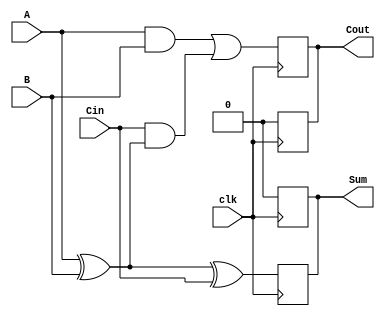
module dynamic_full_adder (
    input wire A,     // First input bit
    input wire B,     // Second input bit
    input wire Cin,   // Carry-in bit
    input wire clk,   // Clock signal
    output reg Sum,   // Sum output
    output reg Cout   // Carry-out output
);

// Internal wires for intermediate calculations
wire A_xor_B;

// Calculate A XOR B
assign A_xor_B = A ^ B;

// Dynamic logic behavior
always @(posedge clk) begin
    // Precharge phase (reset outputs)
    Sum <= 1'b0;
    Cout <= 1'b0;
end

always @(negedge clk) begin
    // Evaluation phase
    Sum <= A_xor_B ^ Cin; // Sum = A XOR B XOR Cin
    Cout <= (A & B) | (Cin & A_xor_B); // Cout = (A AND B) OR (Cin AND (A XOR B))
end

endmodule